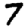
Digit: 7